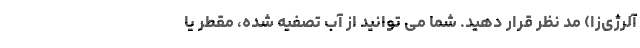
آلرژی‌زا) مد نظر قرار دهید. شما می توانید از آب تصفیه شده، مقطر یا